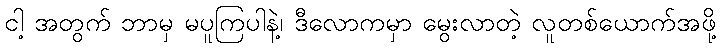
ငါ့ အတွက် ဘာမှ မပူကြပါနဲ့၊ ဒီလောကမှာ မွေးလာတဲ့ လူတစ်ယောက်အဖို့